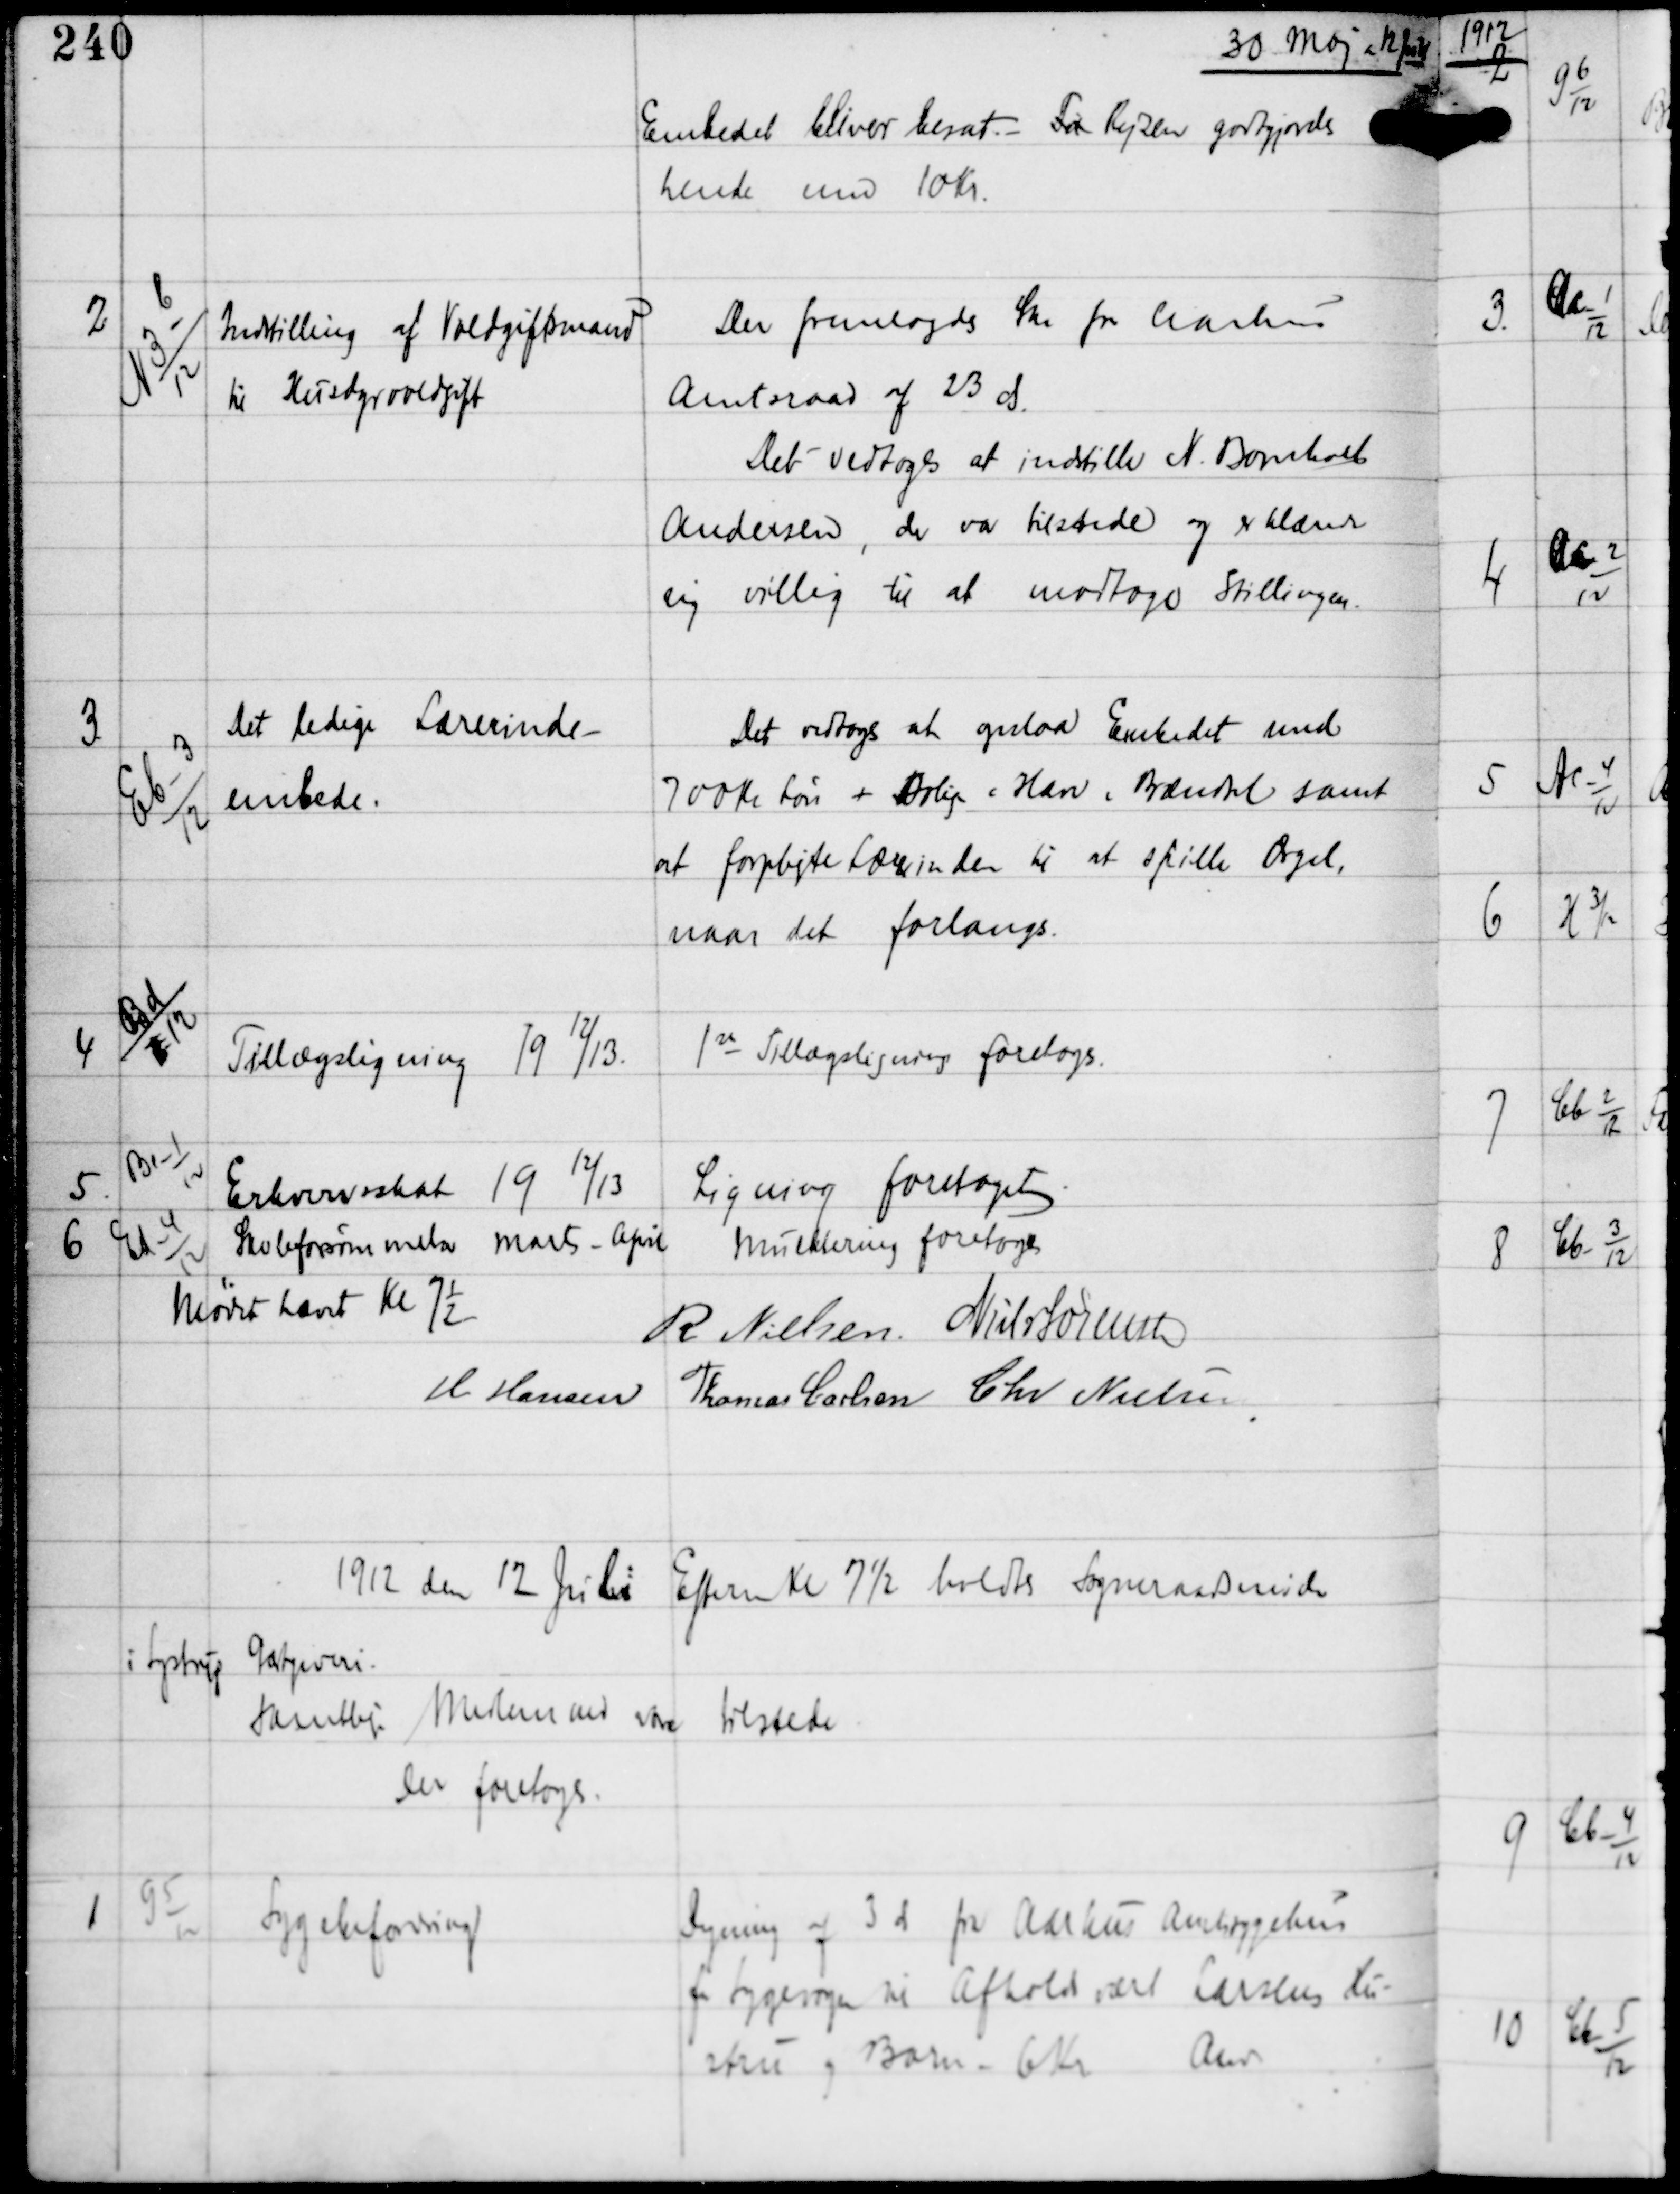
Transskription:
30 Maj og 12 Juni

Embedet bliver besat - For Rejsen godtgjordes
hende med 10 Kr.

2

N3 b
12

Indstilling af Voldgiftsmand
til Husdyrvoldgift.

Der fremlagdes Skr fra Aarhus
Amtsraad af 23 ds.
Det vedtoges at indstille N. Bomholt
Andersen, der var tilstede, og erklærede
sig villig til at modtage Stillingen.

3

Eb-3
12

Det ledige Lærerinde-
embede.

Det vedtoges at opslaa Embedet med
700 Kr Løn + Bolig Han i Brændsel samt
at forpligte Lærerinden til at spille Orgel,
naar det forlanges.

4

Bd
x 12

Tillægsligning 19 12/13.

1 st Tillægsligning foretoges.

5

Be-1
12

Erhvervsskat 19 12/13

Ligning foretaget

6

Ed-4
12

Skoleforsømmelser Marts - April

Mulktering foretoges

Mødet hævet Kl 7½
R Nielsen Niels Sørensen
H Hansen
Thomas Carlsen Chr Nielsen

1912 den 12 Juli
Efterm Kl 7½ holdtes Sogneraadsmøde
i Lystrup Gæstgiveri.
Samtlige Medlemmer vare
tilstede
Der foretoges:

1

G 5
12

Sygebefordring

Regning af 3 ds fra Aarhus Amtssygehus
for Sygevogn til Afholdsvært Larsens Hu-
stru og Barn - 6 Kr
Anv.